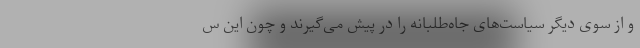
و از سوی دیگر سیاست‌های جاه‌طلبانه را در پیش می‌گیرند و چون این س